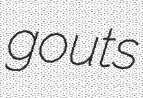
gouts